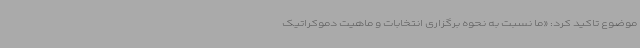
موضوع تاکید کرد: «ما نسبت به نحوه برگزاری انتخابات و ماهیت دموکراتیک